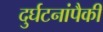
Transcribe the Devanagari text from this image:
दुर्घटनांपैकी